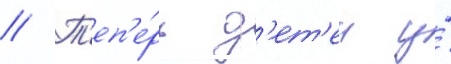
// Т'еп'е́рь д'ет'еи у́